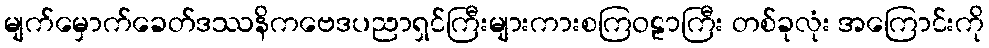
မျက်မှောက်ခေတ်ဒဿနိကဗေဒပညာရှင်ကြီးများကားစကြဝဠာကြီး တစ်ခုလုံး အကြောင်းကို